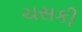
ચસકી